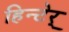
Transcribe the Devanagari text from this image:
हिन्टेर्